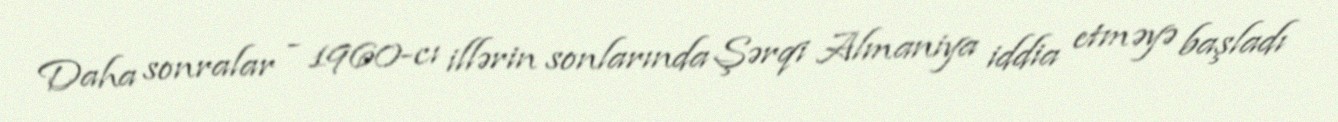
Daha sonralar - 1960-cı illərin sonlarında Şərqi Almaniya iddia etməyə başladı